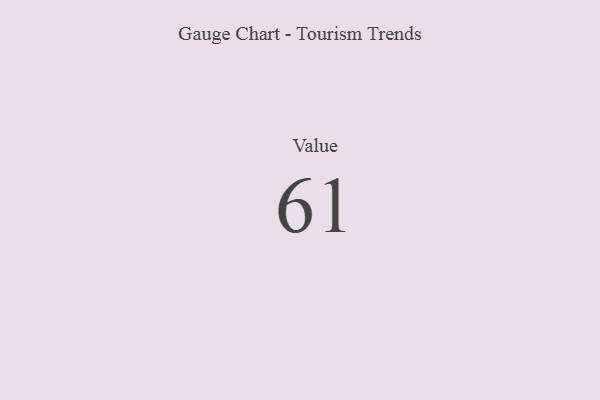
{"axis": {"x": "Metric", "y": "Value"}, "legend": [""], "data": [{"x": "Value", "y": 61, "type": ""}]}